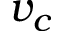
v _ { c }